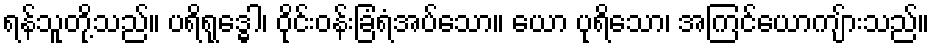
ရန်သူတို့သည်။ ပရိရုဒ္ဓေါ၊ ဝိုင်းဝန်းခြံရံအပ်သော။ ယော ပုရိသော၊ အကြင်ယောကျ်ားသည်။